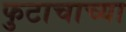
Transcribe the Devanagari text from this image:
फुटाचाच्या